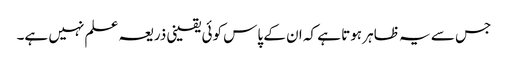
جس سے یہ ظاہر ہوتا ہے کہ ان کے پاس کوئی یقینی ذریعہ علم نہیں ہے۔